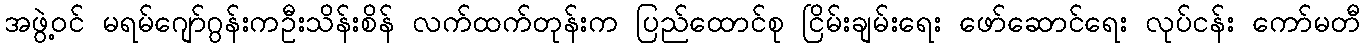
အဖွဲ့ဝင် မရမ်ဂျော်ဂွန်းကဦးသိန်းစိန် လက်ထက်တုန်းက ပြည်ထောင်စု ငြိမ်းချမ်းရေး ဖော်ဆောင်ရေး လုပ်ငန်း ကော်မတီ